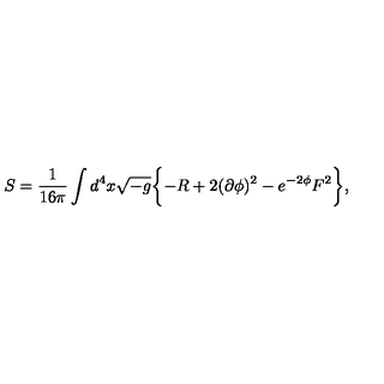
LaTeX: S = \frac { 1 } { 1 6 \pi } \int d ^ { 4 } x \sqrt { - g } \biggl \{ - R + 2 ( \partial \phi ) ^ { 2 } - e ^ { - 2 \phi } F ^ { 2 } \biggr \} ,